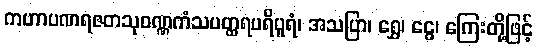
ကဟာပဏရဇတသုဝဏ္ဏကံသပတ္ထရပရိပူရံ၊ အသပြာ၊ ရွှေ၊ ငွေ၊ ကြေးတို့ဖြင့်